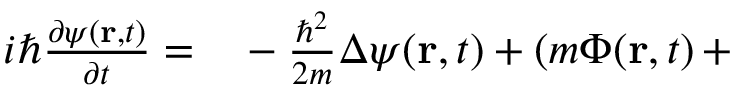
\begin{array} { r l } { i \hbar \frac { \partial \psi ( \mathbf { r } , t ) } { \partial t } = } & { { } - \frac { \hbar ^ { 2 } } { 2 m } \Delta \psi ( \mathbf { r } , t ) + \left( m \Phi ( \mathbf { r } , t \right) + } \end{array}